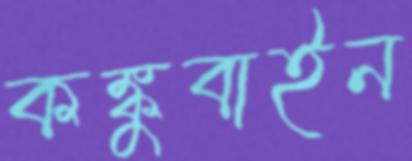
কঙ্কুবাইন